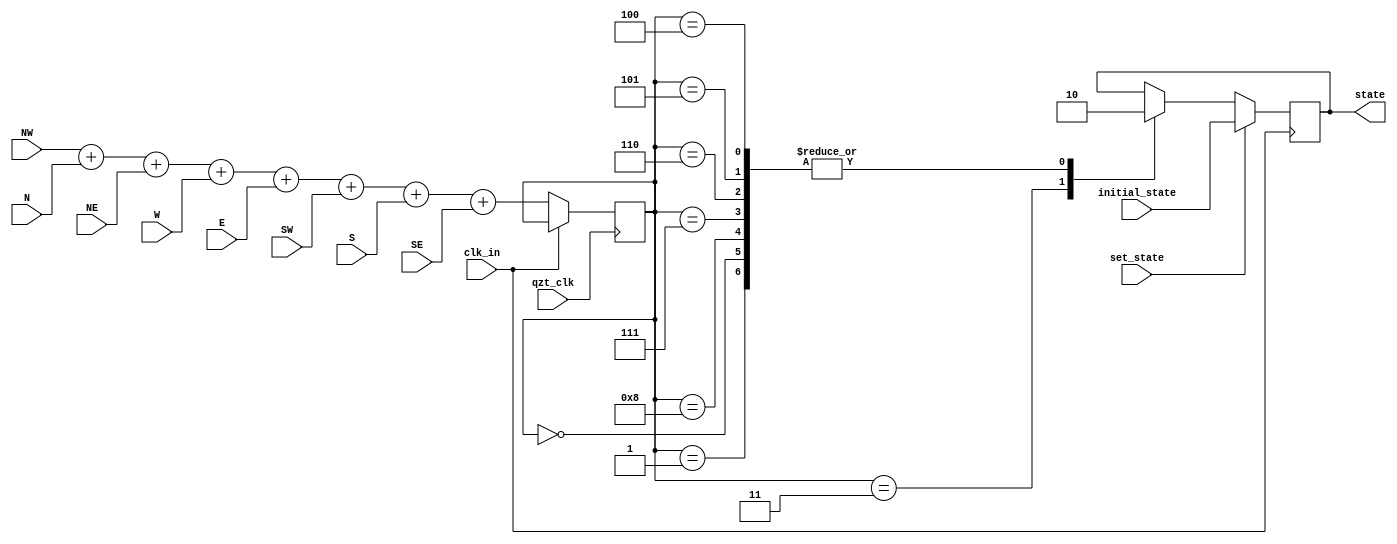
module CELLULAR_AUTOMATA(input qzt_clk, input clk_in,
						// Nearest neighbours
						input NW, input N, input NE,
						input  W,  				 input  E,
						input SW, input S, input SE,

						input set_state,
						input initial_state,


						output reg state
						);

// Useful syntax found, it is not used in the project
// but i wanted to keep it nevertheless
/*initial begin
	state <= initial_state;
end */

reg [3:0] nn_alive; // Number of neighbours alive
always @(posedge qzt_clk) begin
	// Update the number of neighbours only if
	// the state is not changing
	if(clk_in == 0) begin
		nn_alive = NW + N + NE +
							  W	+      E +
	  					 SW + S + SE;
	end
end


always @(posedge clk_in) begin
	// If state_state is high, the initial state
	// will be set only on the next positive edge of clk_in
	if(set_state) begin
		state <= initial_state;
	end else begin
    case (nn_alive)
			// Any live cell with fewer than two live neighbours dies,
			// as if by underpopulation.
			4'b0000,	4'b0001:
 				begin
            state <= 1'b0;
      	end

			// Any live cell with two or three live neighbours
			// lives on to the next generation.
			4'b0010:
				begin
					state <= state;
				end

			// Any dead cell with exactly three live neighbours
			// becomes a live cell, as if by reproduction.
			4'b0011: // nn_alive = 3
				begin
					state <= 1'b1;
				end

			// Any live cell with more than three live
			// neighbours dies, as if by overpopulation.
			// I could have used a default clause but i
			// want to be warned of edge cases.
			4'b0100,	4'b0101, 4'b0110, 4'b0111, 4'b1000: // nn_alive = 4, 5, 6, 7, 8
				begin
					state <= 1'b0;
				end
    endcase
	end

end

endmodule